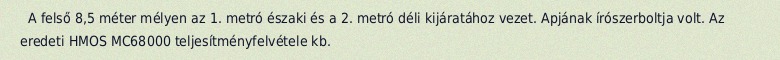
A felső 8,5 méter mélyen az 1. metró északi és a 2. metró déli kijáratához vezet. Apjának írószerboltja volt. Az eredeti HMOS MC68000 teljesítményfelvétele kb.